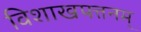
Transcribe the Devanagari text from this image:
विशाखपत्तनम्